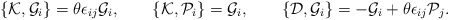
\begin{align*}\{{\cal K},{\cal G}_{i}\}=\theta\epsilon_{ij}{\cal G}_{i}, \qquad \{{\cal K},{\cal P}_{i}\}={\cal G}_{i}, \qquad \{{\cal D},{\cal G}_{i}\}=-{\cal G}_{i}+\theta\epsilon_{ij}{\cal P}_{j}. \end{align*}